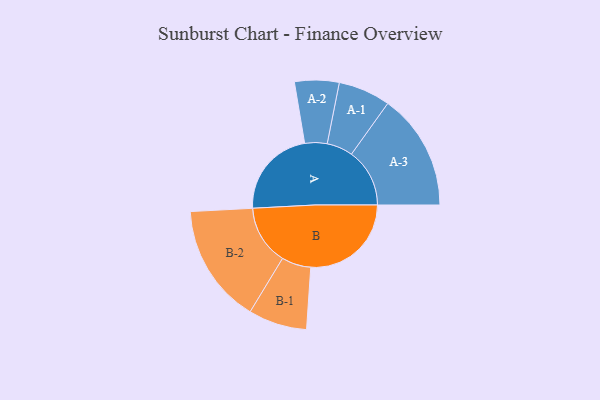
{"axis": {"x": "Segment", "y": "Value"}, "legend": ["", "A", "B"], "data": [{"x": "A", "y": 442, "type": ""}, {"x": "B", "y": 497, "type": ""}, {"x": "A-1", "y": 129, "type": "A"}, {"x": "A-2", "y": 110, "type": "A"}, {"x": "A-3", "y": 288, "type": "A"}, {"x": "B-1", "y": 145, "type": "B"}, {"x": "B-2", "y": 295, "type": "B"}]}